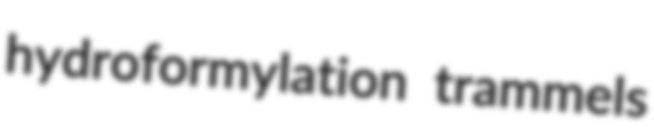
hydroformylation trammels